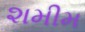
શમીમ